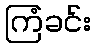
ကြံခင်း